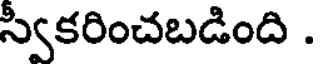
స్వీకరించబడింది .